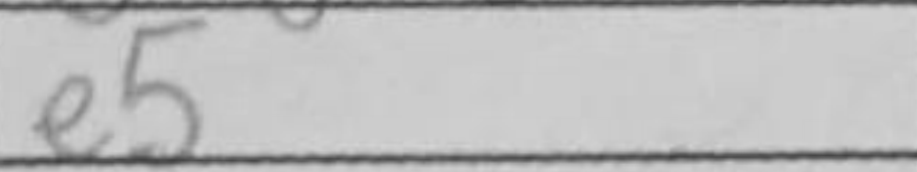
Transcription: e5